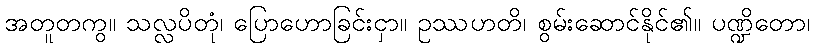
အတူတကွ။ သလ္လပိတုံ၊ ပြောဟောခြင်းငှာ။ ဥဿဟတိ၊ စွမ်းဆောင်နိုင်၏။ ပဏ္ဍိတော၊